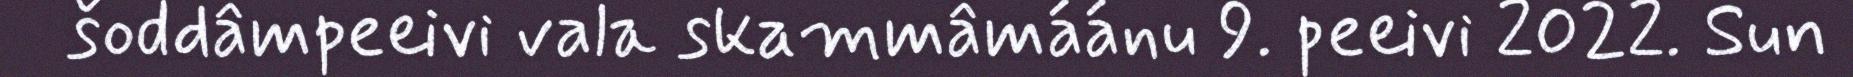
šoddâmpeeivi vala skammâmáánu 9. peeivi 2022. Sun